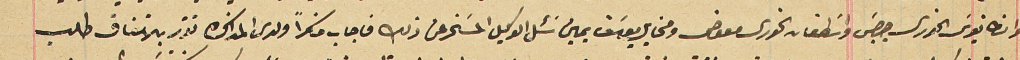
وانطانيوسَ الخوري جرجسَ واسَطفان الخورى معوض ومخايل يوسَف يمين سَئل الوكيل المسَخر عن ذلك فاجاب ناكراً ولدى المذاكره تقرر بالاتفاق طلب